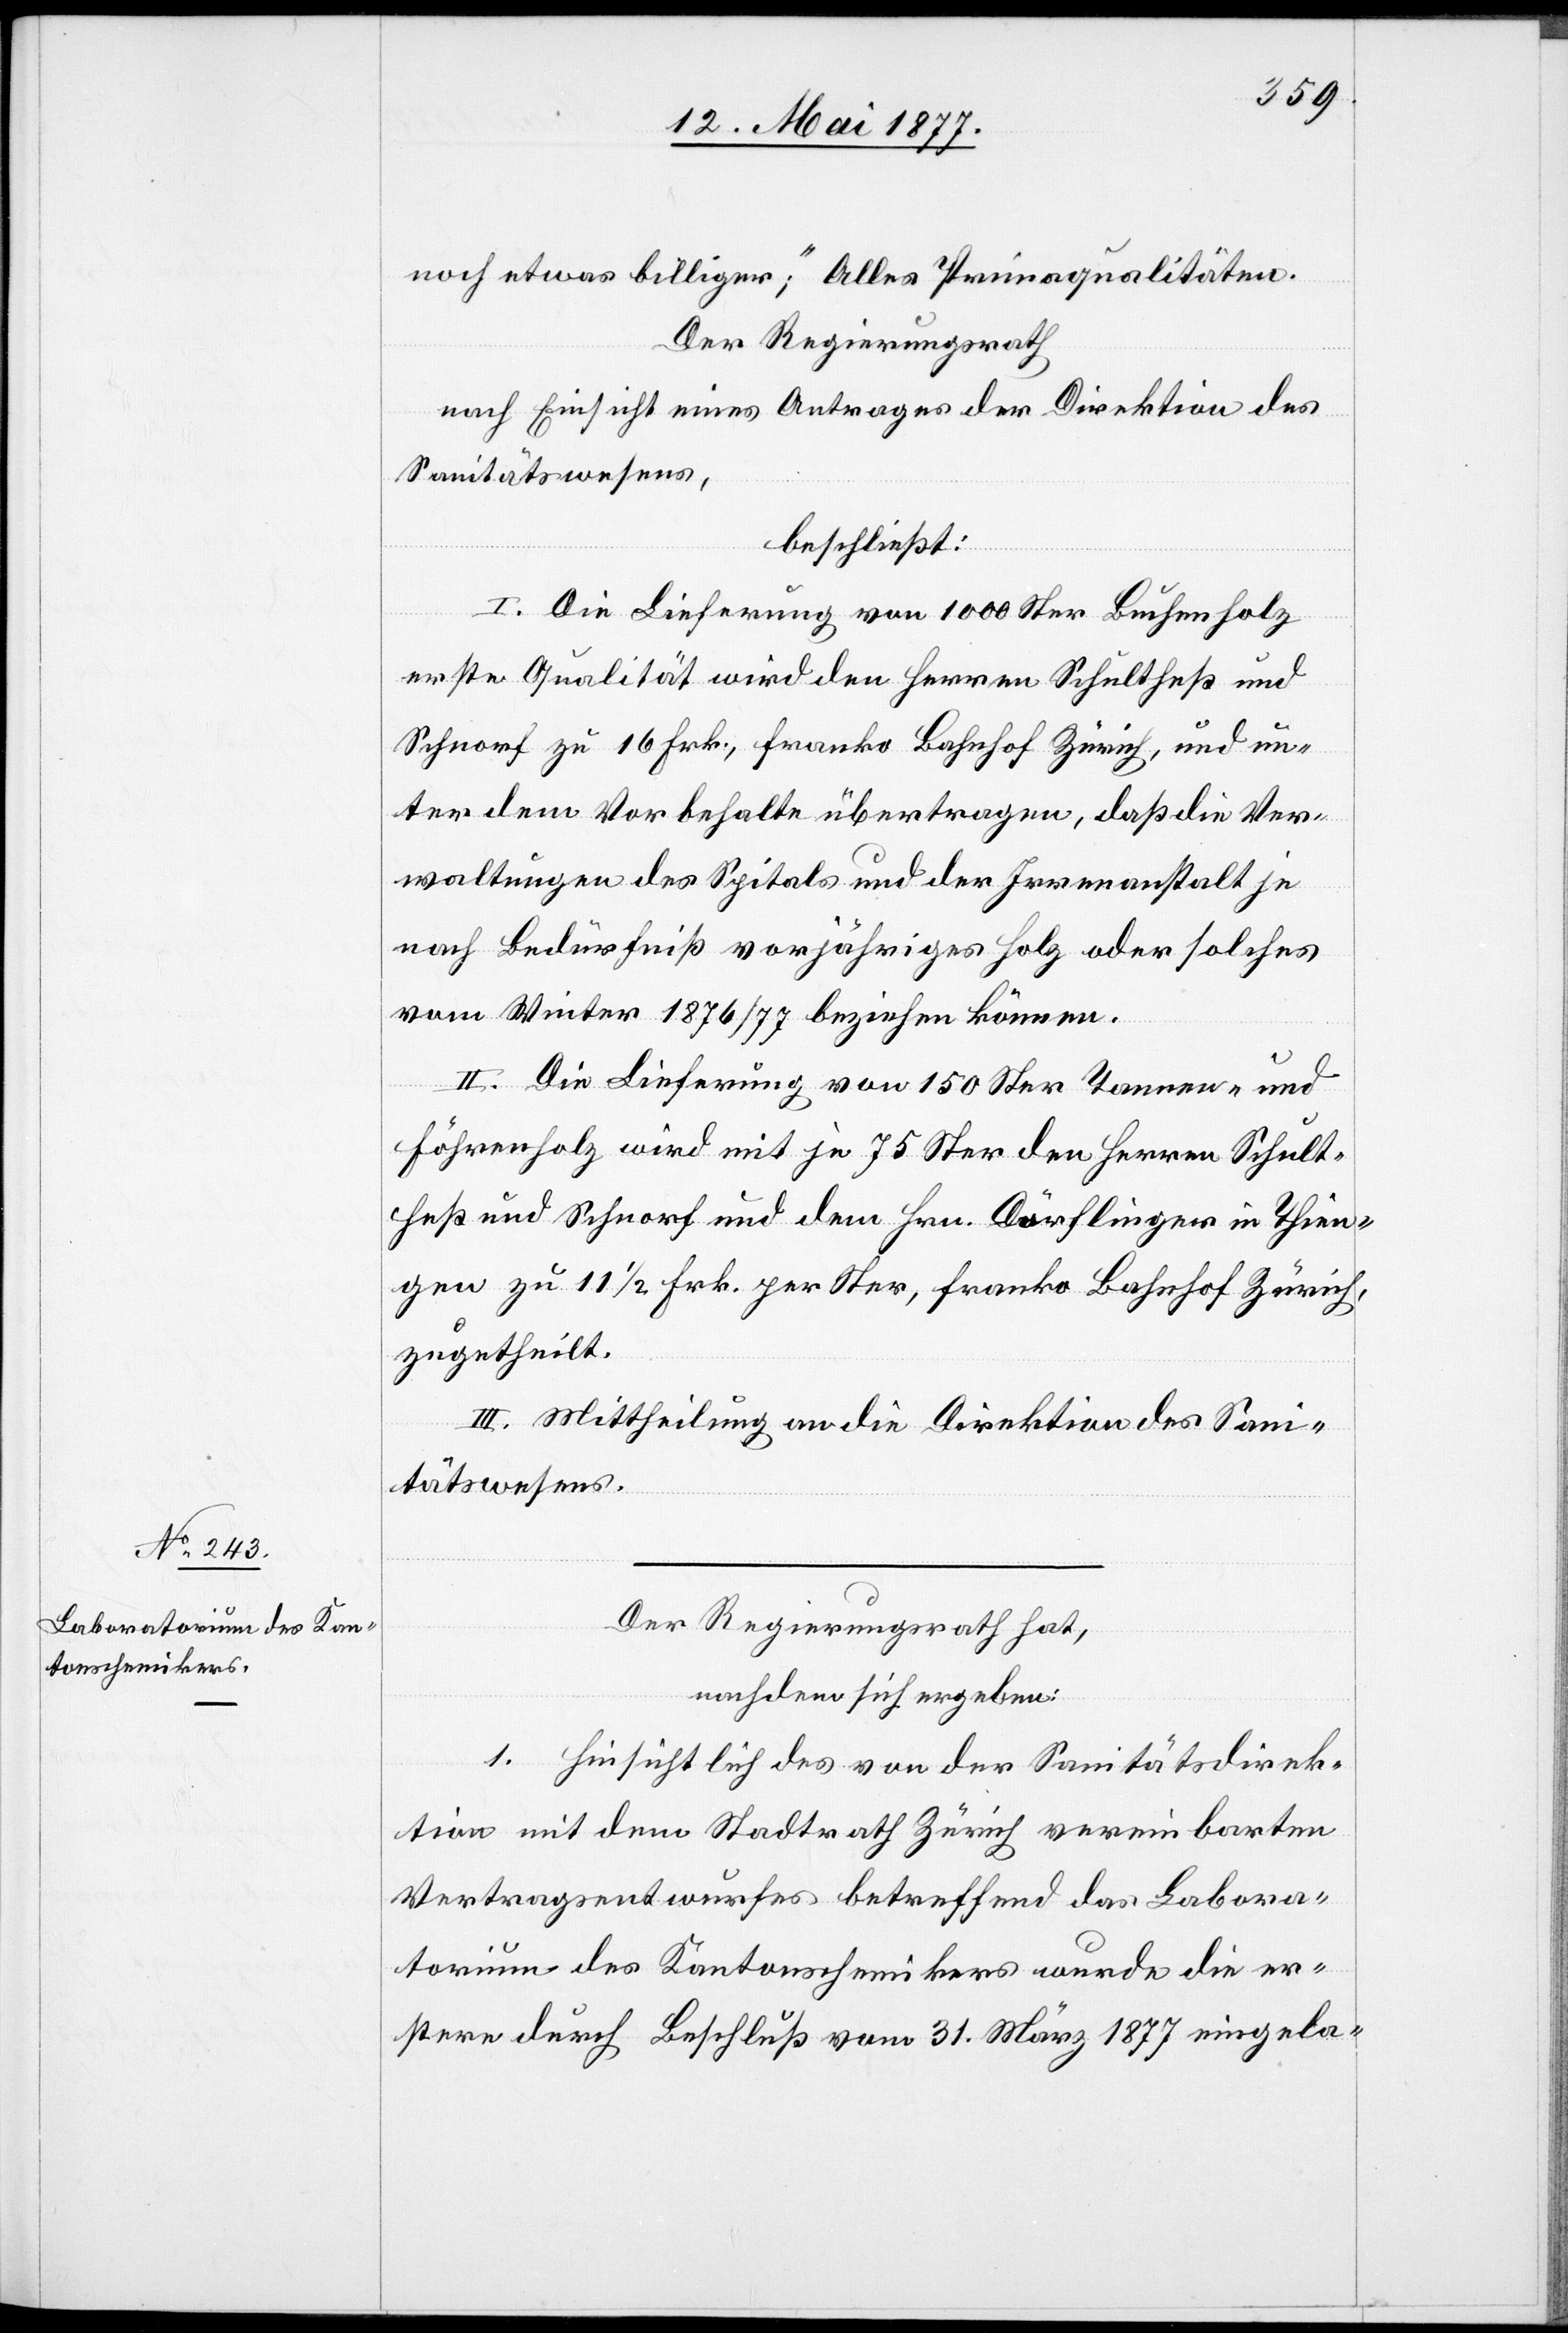
noch etwas billiger“; Alles Primaqualitäten.
Der Regierungsrath,
nach Einsicht eines Antrages der Direktion des
Sanitätswesens,
beschließt:
I. Die Lieferung von 1000 Ster Buchenholz
erste Qualität wird den Herren Schultheß und
Schnorf zu 16 Frk., franko Bahnhof Zürich, und un¬
ter dem Vorbehalte übertragen, daß die Ver¬
waltungen des Spitals und der Irrenanstalt je
nach Bedürfniß vorjähriges Holz oder solches
vom Winter 1876/77 beziehen können.
II. Die Lieferung von 150 Ster Tannen- und
Föhrenholz wird mit je 75 Ster den Herren Schult¬
heß und Schnorf und dem Hrn. Dörflinger in Thien¬
gen zu 11 1/2 Frk. per Ster, franko Bahnhof Zürich,
zugetheilt.
III. Mittheilung an die Direktion des Sani¬
tätswesens.